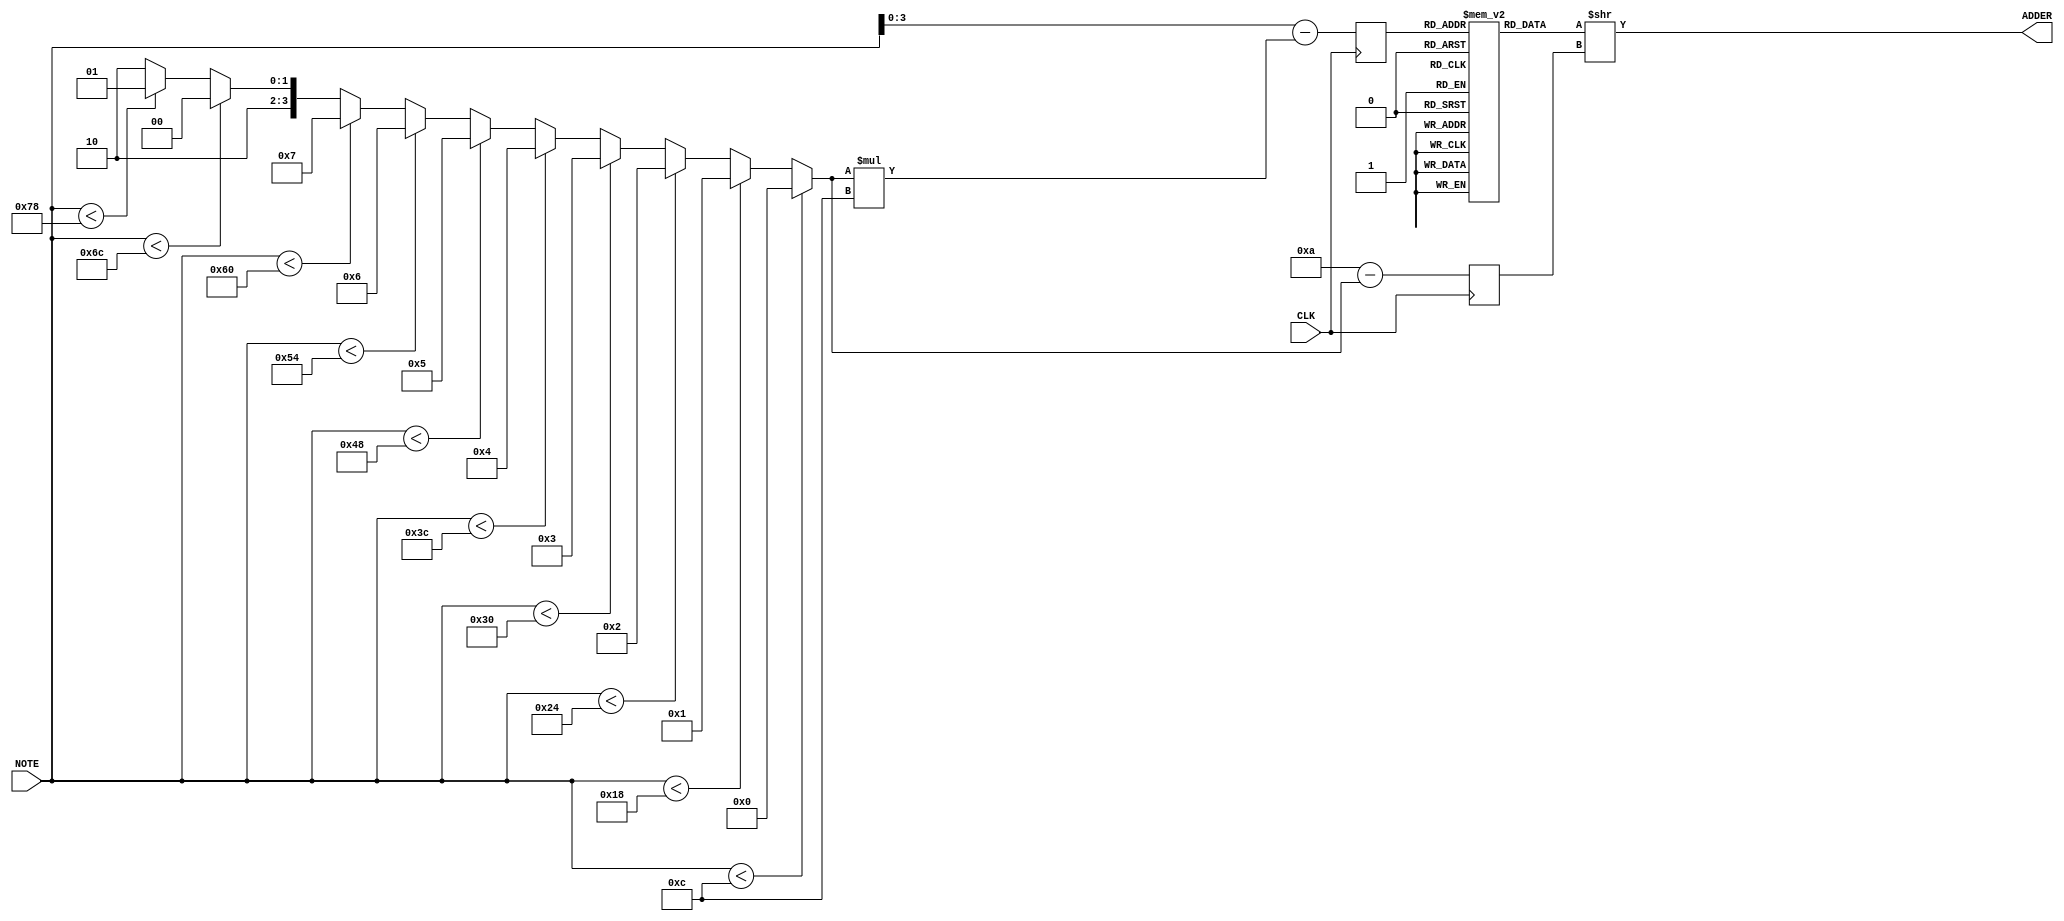
module note2dds(CLK, NOTE, ADDER);

input wire CLK;
input wire [6:0] NOTE;
output [31:0] ADDER;

reg [31:0] ADDER_tbl [15:0];
reg [3:0] addr;
reg [3:0] divider;

// note div 12 ( * 0,08333333333333333333333333333333)
//; Add input / 16 to accumulator
//; Add input / 64 to accumulator

initial begin
   addr <= 4'd0;
	divider <= 4'd0;
	ADDER_tbl[ 4'd0] <= 32'd0359575;
	ADDER_tbl[ 4'd1] <= 32'd0380957;
	ADDER_tbl[ 4'd2] <= 32'd0403610;
	ADDER_tbl[ 4'd3] <= 32'd0427610;
	ADDER_tbl[ 4'd4] <= 32'd0453037;
	ADDER_tbl[ 4'd5] <= 32'd0479976;
	ADDER_tbl[ 4'd6] <= 32'd0508516;
	ADDER_tbl[ 4'd7] <= 32'd0538754;
	ADDER_tbl[ 4'd8] <= 32'd0570790;
	ADDER_tbl[ 4'd9] <= 32'd0604731;
	ADDER_tbl[4'd10] <= 32'd0640691;
	ADDER_tbl[4'd11] <= 32'd0678788;
	ADDER_tbl[4'd12] <= 32'd0;
	ADDER_tbl[4'd13] <= 32'd0;
	ADDER_tbl[4'd14] <= 32'd0;
	ADDER_tbl[4'd15] <= 32'd0;
end

assign ADDER = ADDER_tbl[addr] >> divider;

wire [3:0] diap   = (NOTE <  12) ? 4'd00 :
					     (NOTE <  24) ? 4'd01 :
					     (NOTE <  36) ? 4'd02 :
					     (NOTE <  48) ? 4'd03 :
					     (NOTE <  60) ? 4'd04 :
					     (NOTE <  72) ? 4'd05 :
					     (NOTE <  84) ? 4'd06 :
					     (NOTE <  96) ? 4'd07 :
					     (NOTE < 108) ? 4'd08 :
					     (NOTE < 120) ? 4'd09 : 4'd010 ;

wire [6:0] c_addr = NOTE - (diap * 4'd012); 
						 
always @ (posedge CLK) begin
	addr    <= c_addr[3:0];
	divider <= 4'd010 - diap;
end

endmodule